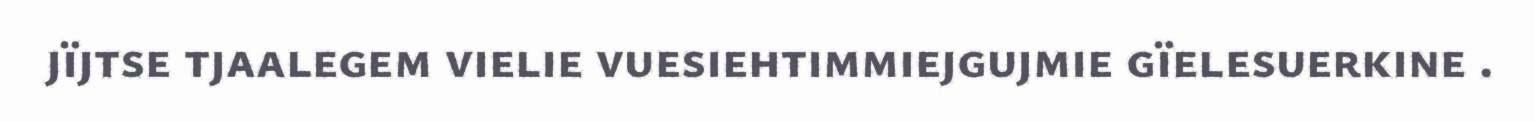
jïjtse tjaalegem vielie vuesiehtimmiejgujmie gïelesuerkine .